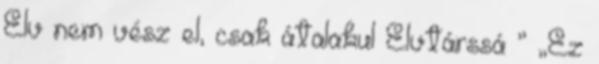
Elv nem vész el, csak átalakul Elvtárssá ” „Ez